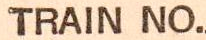
TRAIN NO.